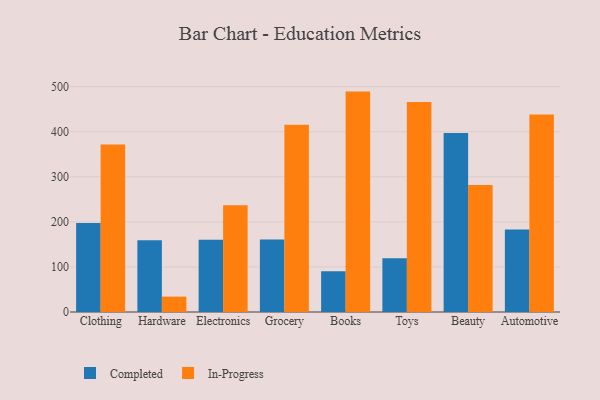
{"axis": {"x": "Category", "y": "Website Visitors"}, "legend": ["Completed", "In-Progress"], "data": [{"x": "Clothing", "y": 197.7, "type": "Completed"}, {"x": "Clothing", "y": 371.4, "type": "In-Progress"}, {"x": "Hardware", "y": 159.1, "type": "Completed"}, {"x": "Hardware", "y": 34.1, "type": "In-Progress"}, {"x": "Electronics", "y": 160.4, "type": "Completed"}, {"x": "Electronics", "y": 236.8, "type": "In-Progress"}, {"x": "Grocery", "y": 160.6, "type": "Completed"}, {"x": "Grocery", "y": 415.2, "type": "In-Progress"}, {"x": "Books", "y": 90.4, "type": "Completed"}, {"x": "Books", "y": 489.0, "type": "In-Progress"}, {"x": "Toys", "y": 119.0, "type": "Completed"}, {"x": "Toys", "y": 465.9, "type": "In-Progress"}, {"x": "Beauty", "y": 397.3, "type": "Completed"}, {"x": "Beauty", "y": 282.0, "type": "In-Progress"}, {"x": "Automotive", "y": 182.9, "type": "Completed"}, {"x": "Automotive", "y": 438.1, "type": "In-Progress"}]}